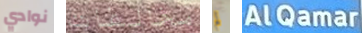
نوادي مخالفات لم AlQamar